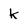
Character: k